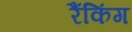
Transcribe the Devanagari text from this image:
रैंकिंग